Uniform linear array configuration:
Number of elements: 12
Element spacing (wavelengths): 1
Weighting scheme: exponential
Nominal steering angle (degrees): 30
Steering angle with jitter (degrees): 28.556
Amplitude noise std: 0.05
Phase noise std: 0.05

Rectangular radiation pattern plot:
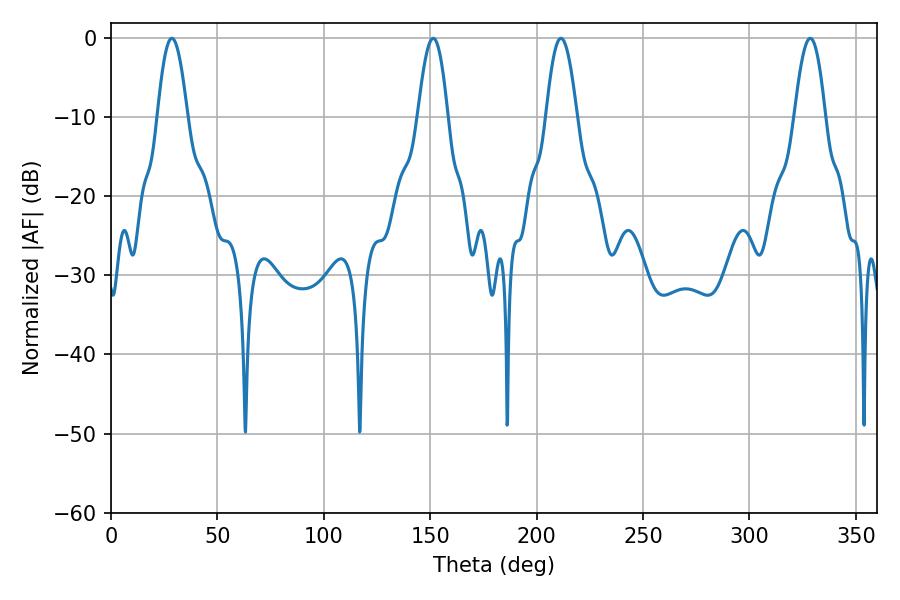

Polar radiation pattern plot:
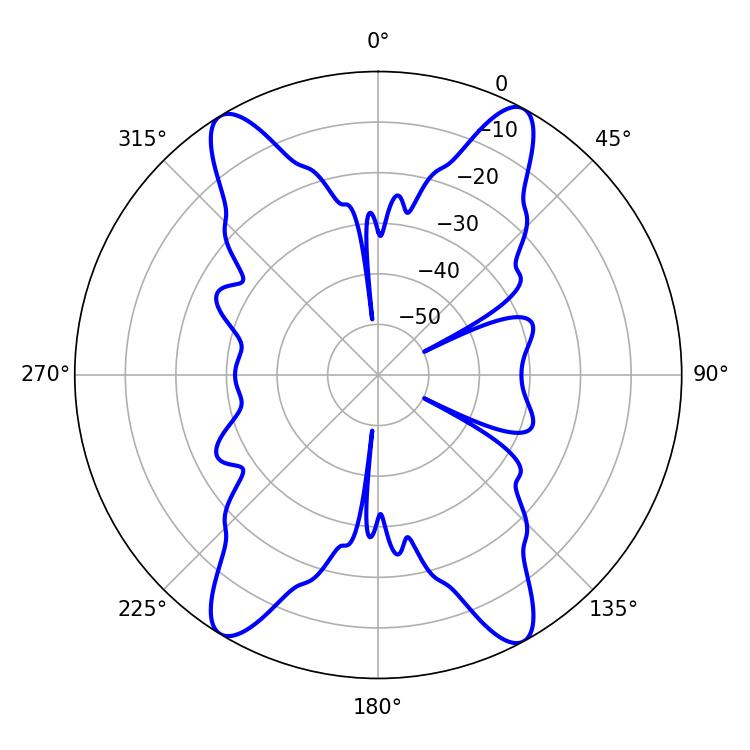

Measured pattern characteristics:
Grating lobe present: TRUE
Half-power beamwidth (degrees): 7.56
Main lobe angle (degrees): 28.62